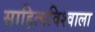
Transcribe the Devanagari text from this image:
साहित्यविश्‍वाला